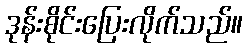
ဒုန်းစိုင်းပြေးလိုက်သည်။